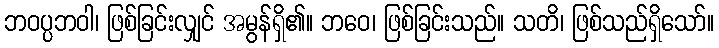
ဘဝပ္ပဘဝါ၊ ဖြစ်ခြင်းလျှင် အမွန်ရှိ၏။ ဘဝေ၊ ဖြစ်ခြင်းသည်။ သတိ၊ ဖြစ်သည်ရှိသော်။